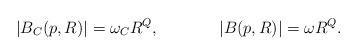
LaTeX: \begin{align*}|B_C(p,R)| =\omega_C R^Q,\ \ \ \ \ \ \ \ \ \ \ |B(p,R)| =\omega R^Q.\end{align*}